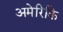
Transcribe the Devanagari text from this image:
अमेरिकि